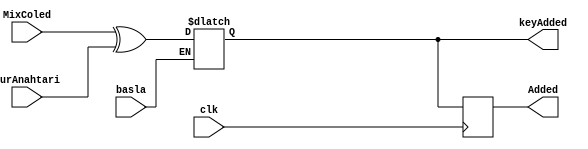
`timescale 1ns / 1ps
//////////////////////////////////////////////////////////////////////////////////
// Company: 
// Engineer: 
// 
// Design Name: 
// Module Name: addRoundKey
// Project Name: 
// Target Devices: 
// Tool Versions: 
// Description: 
// 
// Dependencies: 
// 
// Revision:
// Revision 0.01 - File Created
// Additional Comments:
// 
//////////////////////////////////////////////////////////////////////////////////


module addRoundKey(
    input [127:0] MixColed, turAnahtari,
    input clk, basla,
    output reg [127:0] Added,
    output reg [127:0] keyAdded

    );
    
    always@* begin
        if(basla)
        keyAdded=MixColed^turAnahtari;
        //Sutun karistirma isleminin ciktisi ile KeySchedule modulunun ciktisi olan tur anahtari XOR islemine tabi tutulur.
    end
    
    always@ (posedge clk) begin
        Added <=keyAdded;
    end

endmodule